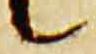
候